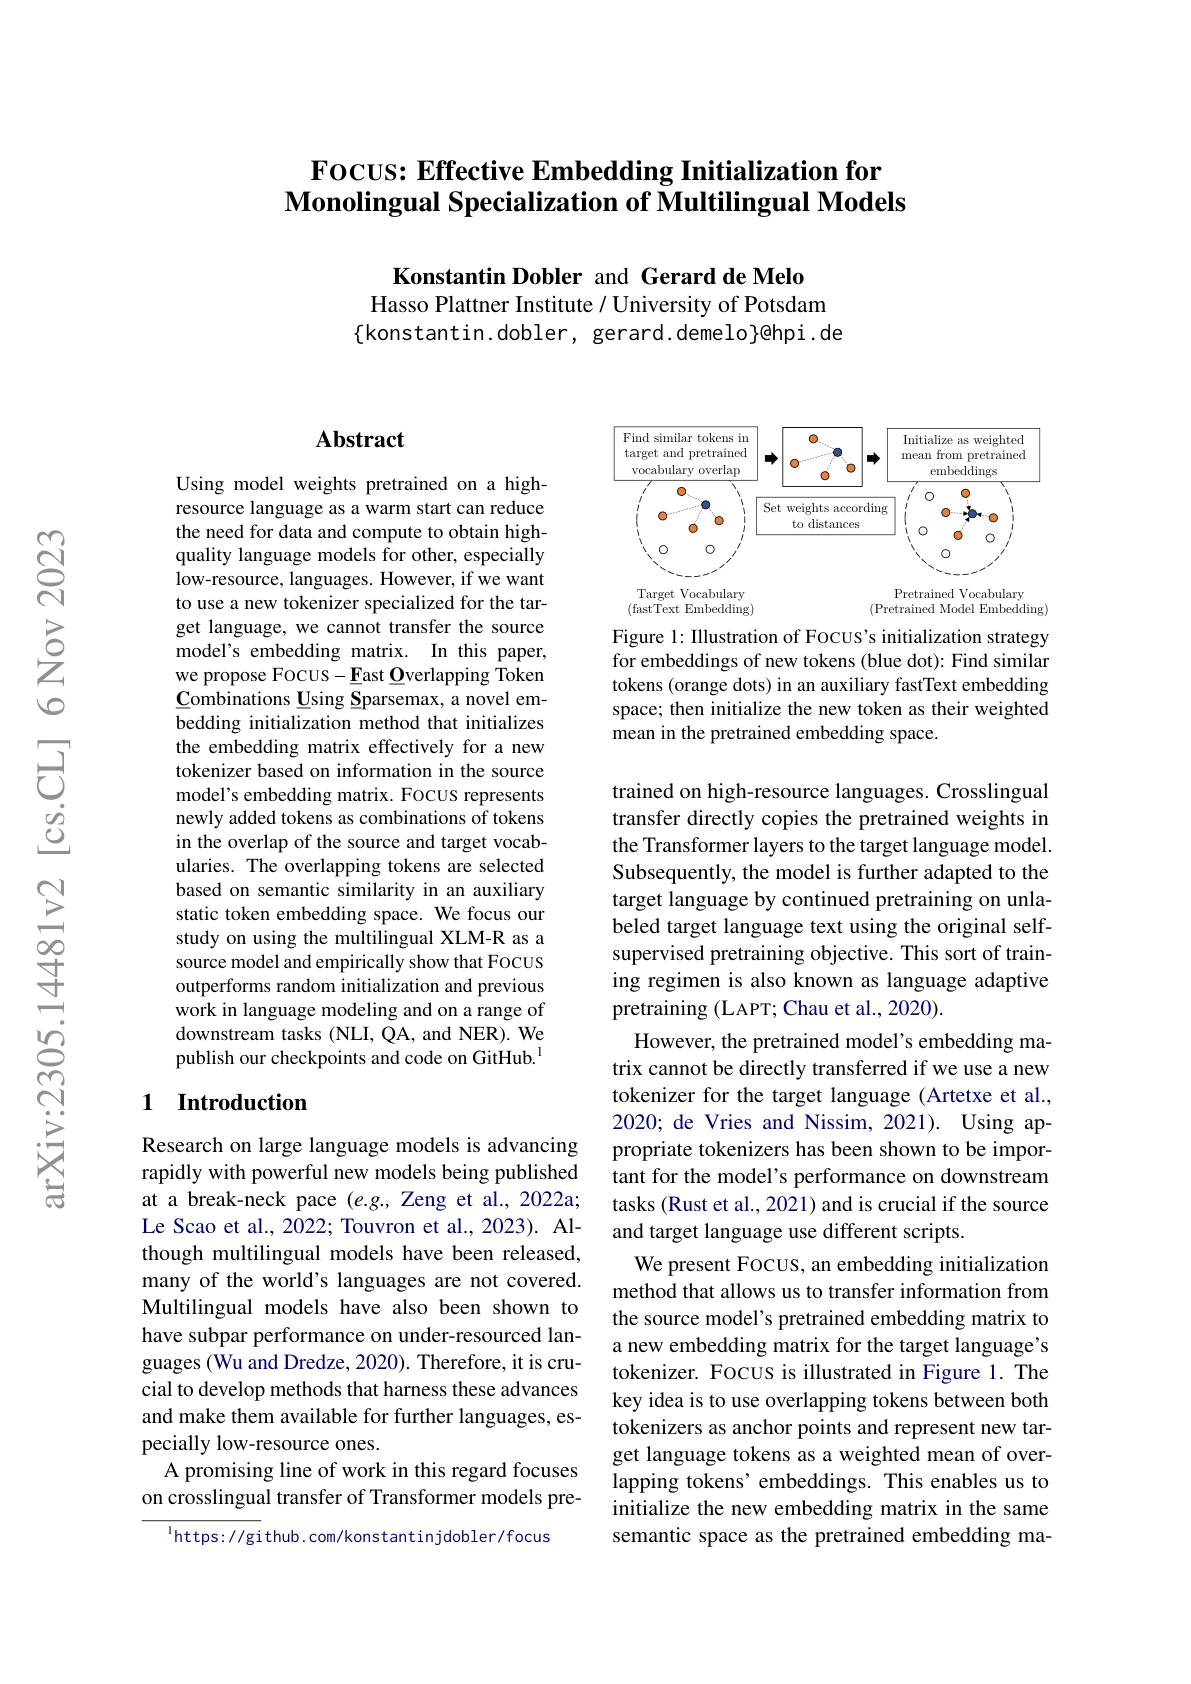
## $\textbf{Focus: Effective Embedding Initialization for}$ $\textbf{Monolingual Specialization of Multilingual Models}$

Konstantin Dobler and Gerard de Melo
Hasso Plattner Institute / University of Potsdam $\{$konstantin.dobler, gerard.demelo}@hpi.de

## $\mathbf{Abstract}$

Using model weights pretrained on a highresource language as a warm start can reduce the need for data and compute to obtain highquality language models for other, especially low-resource, languages. However, if we want to use a new tokenizer specialized for the target language, we cannot transfer the source model's embedding matrix. In this paper, we propose FOCUS- East $\underline{\mathbf{O}}$verlapping Token $\underline{C}$ombinations Using Sparsemax, a novel embedding initialization method that initializes the embedding matrix effectively for a new tokenizer based on information in the source model's embedding matrix. FOCUS represents newly added tokens as combinations of tokens in the overlap of the source and target vocabularies. The overlapping tokens are selected based on semantic similarity in an auxiliary static token embedding space. We focus our study on using the multilingual XLM-R as a source model and empirically show that Focus outperforms random initialization and previous work in language modeling and on a range of downstream tasks (NLI, QA, and NER). We publish our checkpoints and code on GitHub.$^{1}$

### 1 Introduction

Research on large language models is advancing rapidly with powerful new models being published at a break-neck pace $(e.g.$, Zeng et al., 2022a; Le Scao et al., 2022; Touvron et al., 2023). Although multilingual models have been released, many of the world's languages are not covered. Multilingual models have also been shown to have subpar performance on under-resourced languages (Wu and Dredze, 2020). Therefore, it is crucial to develop methods that harness these advances and make them available for further languages, especially low-resource ones.
A promising line of work in this regard focuses on crosslingual transfer of Transformer models pre-
$^{\mathrm{l}}$https://github.com/konstantinjdobler/focus

<FigureHere>

Figure 1: Illustration of Focus's initialization strategy for embeddings of new tokens (blue dot): Find similar tokens (orange dots) in an auxiliary fastText embedding space; then initialize the new token as their weighted mean in the pretrained embedding space.

trained on high-resource languages. Crosslingual transfer directly copies the pretrained weights in the Transformer layers to the target language model. Subsequently, the model is further adapted to the target language by continued pretraining on unlabeled target language text using the original selfsupervised pretraining objective. This sort of training regimen is also known as language adaptive pretraining (LAPT; Chau et al., 2020).
However, the pretrained model's embedding matrix cannot be directly transferred if we use a new tokenizer for the target language (Artetxe et al., 2020; de Vries and Nissim, 2021). Using appropriate tokenizers has been shown to be important for the model's performance on downstream tasks (Rust et al., 2021) and is crucial if the source and target language use different scripts.
We present Focus, an embedding initialization method that allows us to transfer information from the source model's pretrained embedding matrix to a new embedding matrix for the target language's tokenizer. Focus is illustrated in Figure 1. The key idea is to use overlapping tokens between both tokenizers as anchor points and represent new target language tokens as a weighted mean of overlapping tokens' embeddings. This enables us to initialize the new embedding matrix in the same semantic space as the pretrained embedding ma-